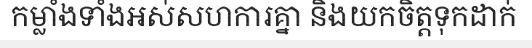
កម្លាំងទាំងអស់សហការគ្នា និងយកចិត្តទុកដាក់